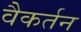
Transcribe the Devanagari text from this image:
वैकर्तन